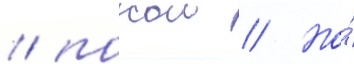
/ покои // Но́